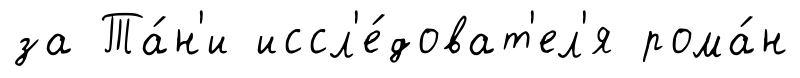
за Та́н'и иссл'е́доват'ел'я рома́н